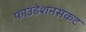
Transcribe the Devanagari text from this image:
फाउंडेशनसकट